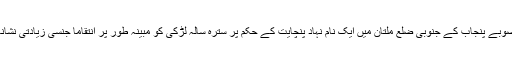
پاکستان کے صوبے پنجاب کے جنوبی ضلع ملتان میں ایک نام نہاد پنچایت کے حکم پر سترہ سالہ لڑکی کو مبینہ طور پر انتقاماً جنسی زیادتی نشانہ بنایا گیا ہے۔